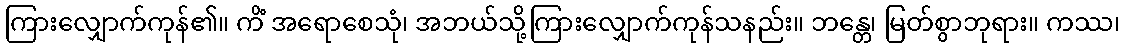
ကြားလျှောက်ကုန်၏။ ကိံ အရောစေသုံ၊ အဘယ်သို့ကြားလျှောက်ကုန်သနည်း။ ဘန္တေ၊ မြတ်စွာဘုရား။ ကဿ၊